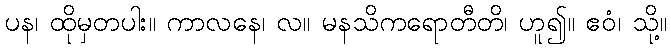
ပန၊ ထိုမှတပါး။ ကာလနေ၊ လ။ မနသိကရောတီတိ၊ ဟူ၍။ ဧဝံ၊ သို့။